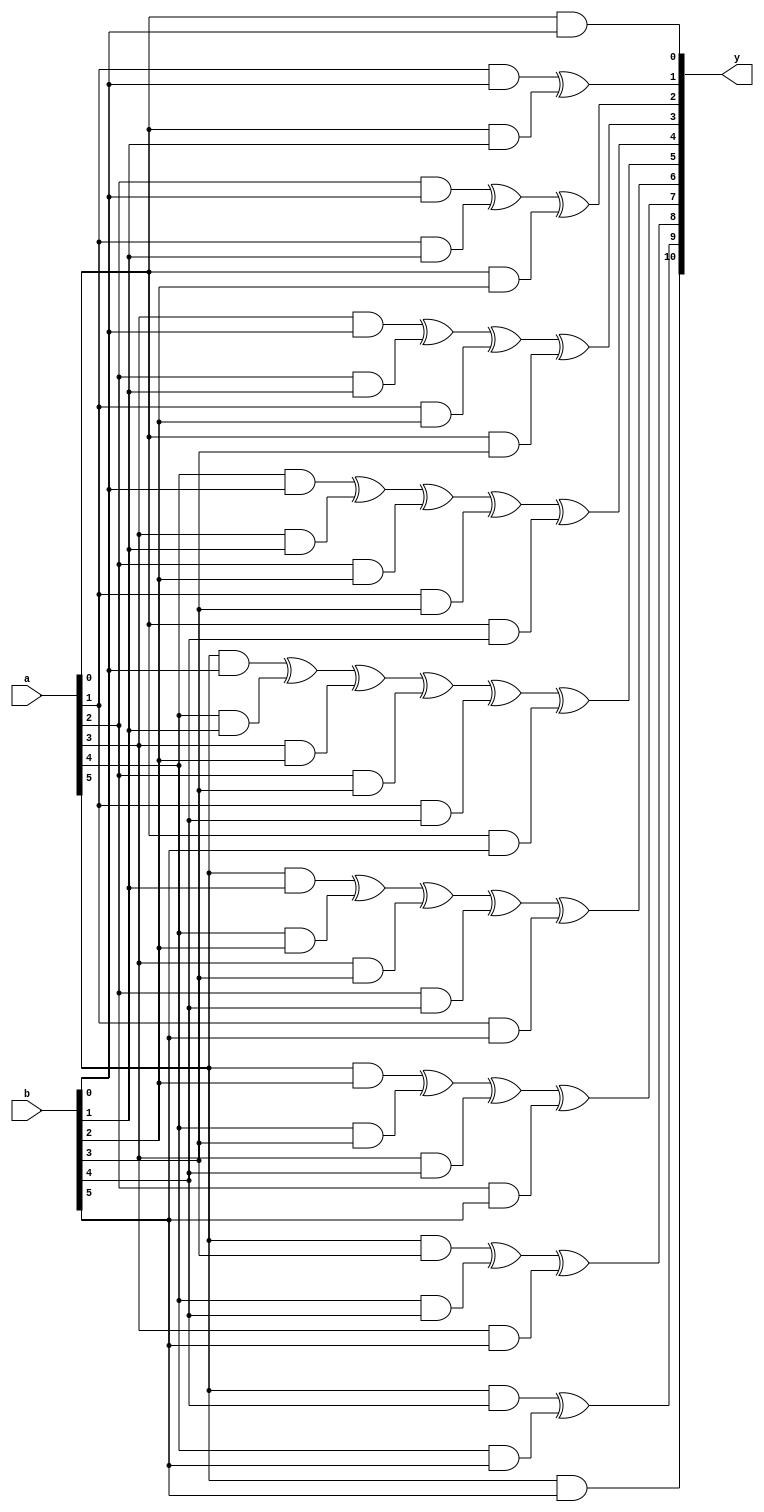
`timescale 1ns / 1ps
//////////////////////////////////////////////////////////////////////////////////
// Company: 
// Engineer: 
// 
// Design Name: 
// Module Name: CA_4bit
// Project Name: 
// Target Devices: 
// Tool Versions: 
// Description: 
// 
// Dependencies: 
// 
// Revision:
// Revision 0.01 - File Created
// Additional Comments:
// 
//////////////////////////////////////////////////////////////////////////////////


module CA_6bit(
    a,
    b,
    y
    );

input [5:0] a;
input [5:0] b;

output [10:0] y;

assign y[0] = (a[0] & b[0]);
assign y[1] = (a[1] & b[0])^(a[0] & b[1]);
assign y[2] = (a[2] & b[0])^(a[1] & b[1])^(a[0] & b[2]);
assign y[3] = (a[3] & b[0])^(a[2] & b[1])^(a[1] & b[2])^(a[0] & b[3]);
assign y[4] = (a[4] & b[0])^(a[3] & b[1])^(a[2] & b[2])^(a[1] & b[3])^(a[0] & b[4]);
assign y[5] = (a[5] & b[0])^(a[4] & b[1])^(a[3] & b[2])^(a[2] & b[3])^(a[1] & b[4])^(a[0] & b[5]);
assign y[6] = (a[5] & b[1])^(a[4] & b[2])^(a[3] & b[3])^(a[2] & b[4])^(a[1] & b[5]);
assign y[7] = (a[5] & b[2])^(a[4] & b[3])^(a[3] & b[4])^(a[2] & b[5]);
assign y[8] = (a[5] & b[3])^(a[4] & b[4])^(a[3] & b[5]);
assign y[9] = (a[5] & b[4])^(a[4] & b[5]);
assign y[10] = (a[5] & b[5]);



endmodule